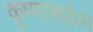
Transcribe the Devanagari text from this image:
कृष्णाबाईला